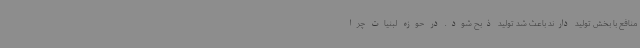
منافع با بخش تولید دارند باعث شد تولید ذبح شود. در حوزه لبنیات چرا